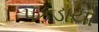
પકડાયો